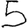
Digit: 5